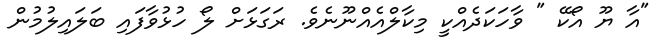
"އާ ޔޫ އޯކޭ " ވާހަކަދެއްކީ މިކާލްއެއްނޫނެވެ. ރަގަޅަށް ލޯ ހުޅުވާފައި ބަލައިލުމުން